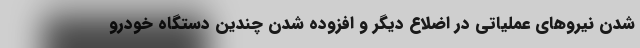
شدن نیروهای عملیاتی در اضلاع دیگر و افزوده شدن چندین دستگاه خودرو